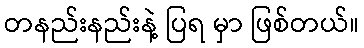
တနည်းနည်းနဲ့ ပြရ မှာ ဖြစ်တယ်။